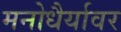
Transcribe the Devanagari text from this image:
मनोधैर्यावर